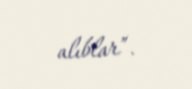
alıblar”.